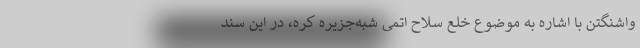
واشنگتن با اشاره به موضوع خلع سلاح اتمی شبه‌جزیره کره، در این سند